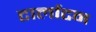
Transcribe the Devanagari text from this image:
टार्लाटन